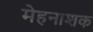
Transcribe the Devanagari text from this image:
मेहनाशक